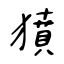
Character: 獖